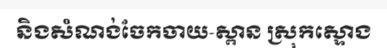
និងសំណង់ចែកចាយ-ស្ពាន ស្រុកស្ទោង